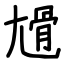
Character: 尳